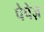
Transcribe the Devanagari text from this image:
पेपेज़